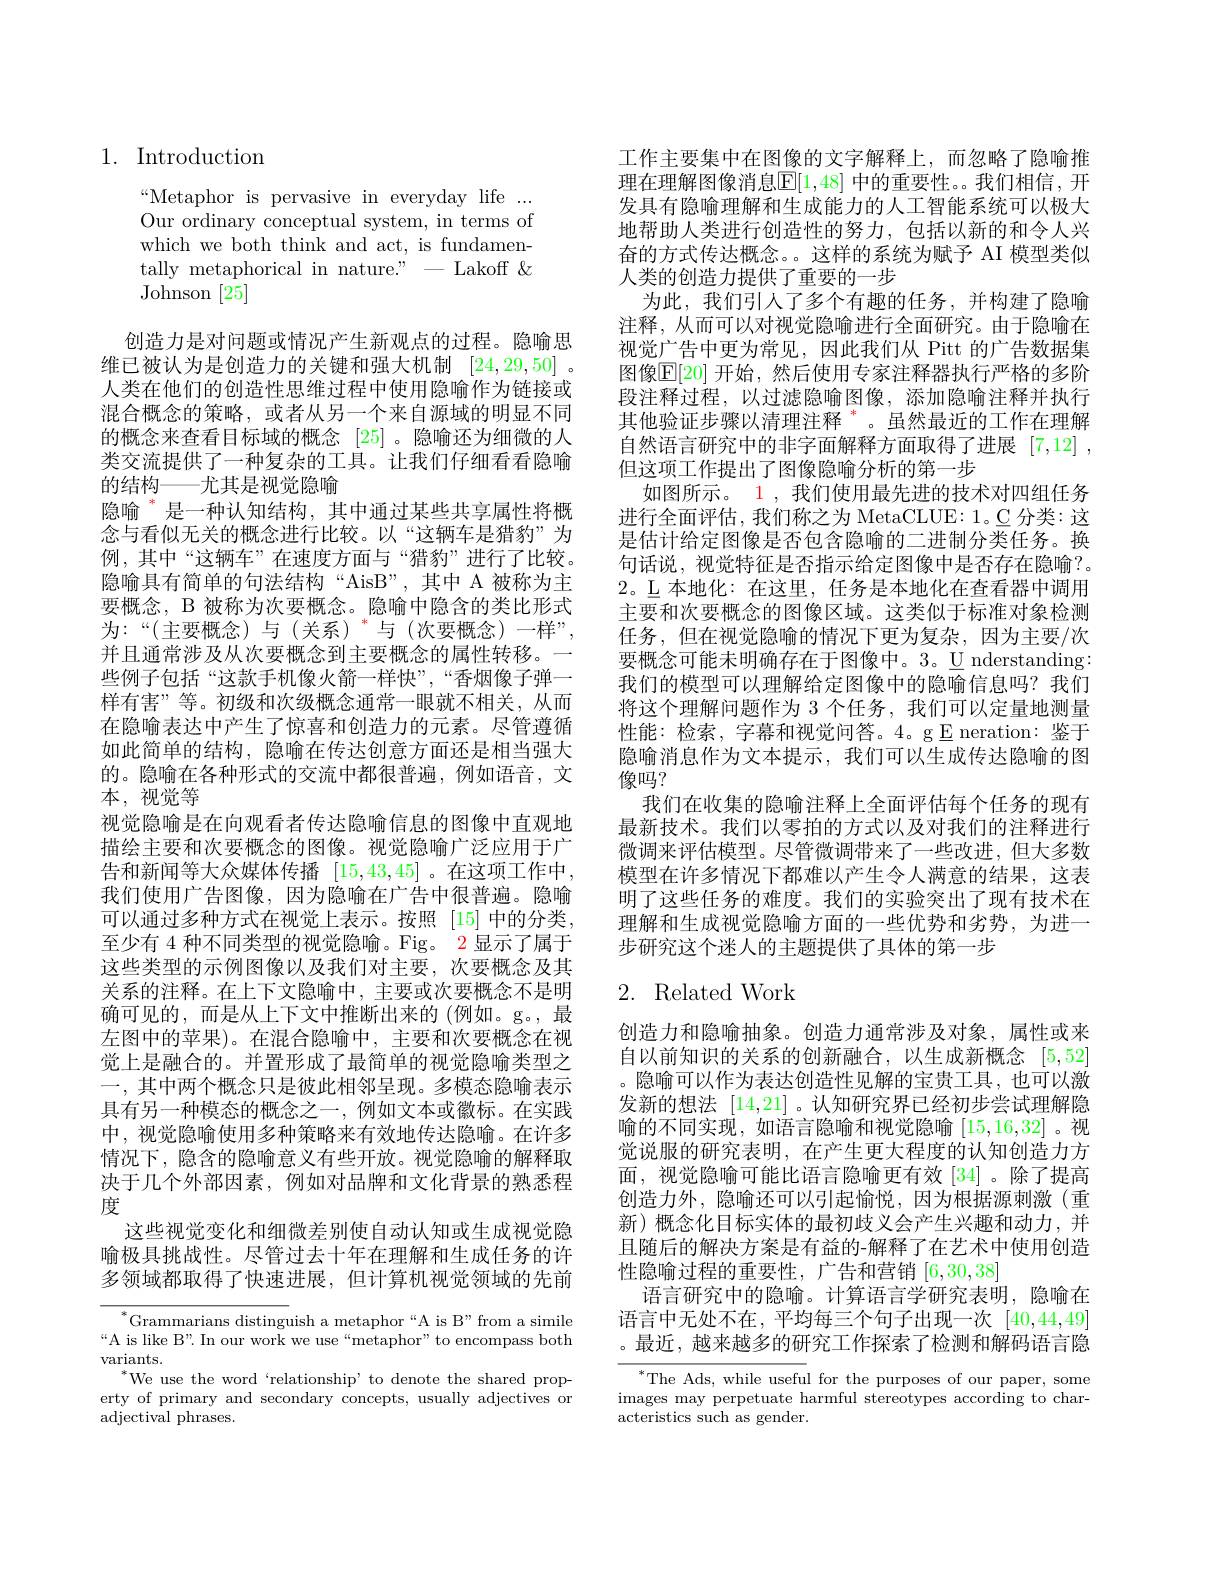
# 1. Introduction

“Metaphor is pervasive in everyday life ... Our ordinary conceptual system, in terms of which we both think and act, is fundamentally metaphorical in nature." - Lakoff & Johnson [25]

创造力是对问题或情况产生新观点的过程。隐喻思维已被认为是创造力的关键和强大机制 [24,29,50] 。人类在他们的创造性思维过程中使用隐喻作为链接或混合概念的策略，或者从另一个来自源域的明显不同的概念来查看目标域的概念[25] 。隐喻还为细微的人类交流提供了一种复杂的工具。让我们仔细看看隐喻的结构——尤其是视觉隐喻
隐喻 $^{*}$是一种认知结构，其中通过某些共享属性将概念与看似无关的概念进行比较。以“这辆车是猎豹”为例，其中“这辆车”在速度方面与“猎豹”进行了比较。隐喻具有简单的句法结构“AisB”,其中 A 被称为主要概念，B 被称为次要概念。隐喻中隐含的类比形式为：“(主要概念)与(关系)”与(次要概念)一样”, 并且通常涉及从次要概念到主要概念的属性转移。一些例子包括“这款手机像火箭一样快”,“香烟像子弹一样有害”等。初级和次级概念通常一眼就不相关，从而在隐喻表达中产生了惊喜和创造力的元素。尽管遵循如此简单的结构，隐喻在传达创意方面还是相当强大的。隐喻在各种形式的交流中都很普遍，例如语音，文本，视觉等
视觉隐喻是在向观看者传达隐喻信息的图像中直观地描绘主要和次要概念的图像。视觉隐喻广泛应用于广告和新闻等大众媒体传播 [15,43,45] 。在这项工作中， 我们使用广告图像，因为隐喻在广告中很普遍。隐喻可以通过多种方式在视觉上表示。按照 [15]中的分类， 至少有 4 种不同类型的视觉隐喻。Fig。2 显示了属于这些类型的示例图像以及我们对主要，次要概念及其关系的注释。在上下文隐喻中，主要或次要概念不是明确可见的，而是从上下文中推断出来的(例如。g。,最左图中的苹果)。在混合隐喻中，主要和次要概念在视觉上是融合的。并置形成了最简单的视觉隐喻类型之一，其中两个概念只是彼此相邻呈现。多模态隐喻表示具有另一种模态的概念之一，例如文本或徽标。在实践中，视觉隐喻使用多种策略来有效地传达隐喻。在许多情况下，隐含的隐喻意义有些开放。视觉隐喻的解释取决于几个外部因素，例如对品牌和文化背景的熟悉程度
这些视觉变化和细微差别使自动认知或生成视觉隐喻极具挑战性。尽管过去十年在理解和生成任务的许多领域都取得了快速进展，但计算机视觉领域的先前
$^*$Grammarians distinguish a metaphor“A is B”from a simile

“A is like B”. In our work we use“metaphor” to encompass both
variants.
$^{*}$We use the word `relationship' to denote the shared property of primary and secondary concepts, usually adjectives or adjectival phrases.

工作主要集中在图像的文字解释上，而忽略了隐喻推理在理解图像消息$\mathbb{E}[1,48]$ 中的重要性。我们相信，开发具有隐喻理解和生成能力的人工智能系统可以极大地帮助人类进行创造性的努力，包括以新的和令人兴奋的方式传达概念。。这样的系统为赋予 AI 模型类似人类的创造力提供了重要的一步
为此，我们引人了多个有趣的任务，并构建了隐喻注释，从而可以对视觉隐喻进行全面研究。由于隐喻在视觉广告中更为常见，因此我们从 Pitt 的广告数据集图像$\mathbb{E}[20]$ 开始，然后使用专家注释器执行严格的多阶段注释过程，以过滤隐喻图像，添加隐喻注释并执行其他验证步骤以清理注释$^*$。虽然最近的工作在理解自然语言研究中的非字面解释方面取得了进展[7,12] , 但这项工作提出了图像隐喻分析的第一步
如图所示。1 , 我们使用最先进的技术对四组任务进行全面评估，我们称之为 MetaCLUE: 1。C 分类：这是估计给定图像是否包含隐喻的二进制分类任务。换句话说，视觉特征是否指示给定图像中是否存在隐喻？。2。L 本地化：在这里，任务是本地化在查看器中调用主要和次要概念的图像区域。这类似于标准对象检测任务，但在视觉隐喻的情况下更为复杂，因为主要/次要概念可能未明确存在于图像中。3。$\underline{\mathrm{U}}$ nderstanding: 我们的模型可以理解给定图像中的隐喻信息吗？我们将这个理解问题作为 3 个任务，我们可以定量地测量性能：检索，字幕和视觉问答。4。g E neration:鉴于隐喻消息作为文本提示，我们可以生成传达隐喻的图像吗？
我们在收集的隐喻注释上全面评估每个任务的现有最新技术。我们以零拍的方式以及对我们的注释进行微调来评估模型。尽管微调带来了一些改进，但大多数模型在许多情况下都难以产生令人满意的结果，这表明了这些任务的难度。我们的实验突出了现有技术在理解和生成视觉隐喻方面的一些优势和劣势，为进一步研究这个迷人的主题提供了具体的第一步

# 2. Related Work

创造力和隐喻抽象。创造力通常涉及对象，属性或来自以前知识的关系的创新融合，以生成新概念[5,52] 。隐喻可以作为表达创造性见解的宝贵工具，也可以激发新的想法[14,21] 。认知研究界已经初步尝试理解隐喻的不同实现，如语言隐喻和视觉隐喻[15,16,32] 。视觉说服的研究表明，在产生更大程度的认知创造力方面，视觉隐喻可能比语言隐喻更有效[34] 。除了提高创造力外，隐喻还可以引起愉悦，因为根据源刺激(重新)概念化目标实体的最初歧义会产生兴趣和动力，并且随后的解决方案是有益的-解释了在艺术中使用创造性隐喻过程的重要性，广告和营销[6,30,38]
语言研究中的隐喻。计算语言学研究表明，隐喻在语言中无处不在，平均每三个句子出现一次[40,44,49] 。最近，越来越多的研究工作探索了检测和解码语言隐

$^*$The Ads, while useful for the purposes of our paper, some images may perpetuate harmful stereotypes according to characteristics such as gender.